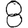
Digit: 8